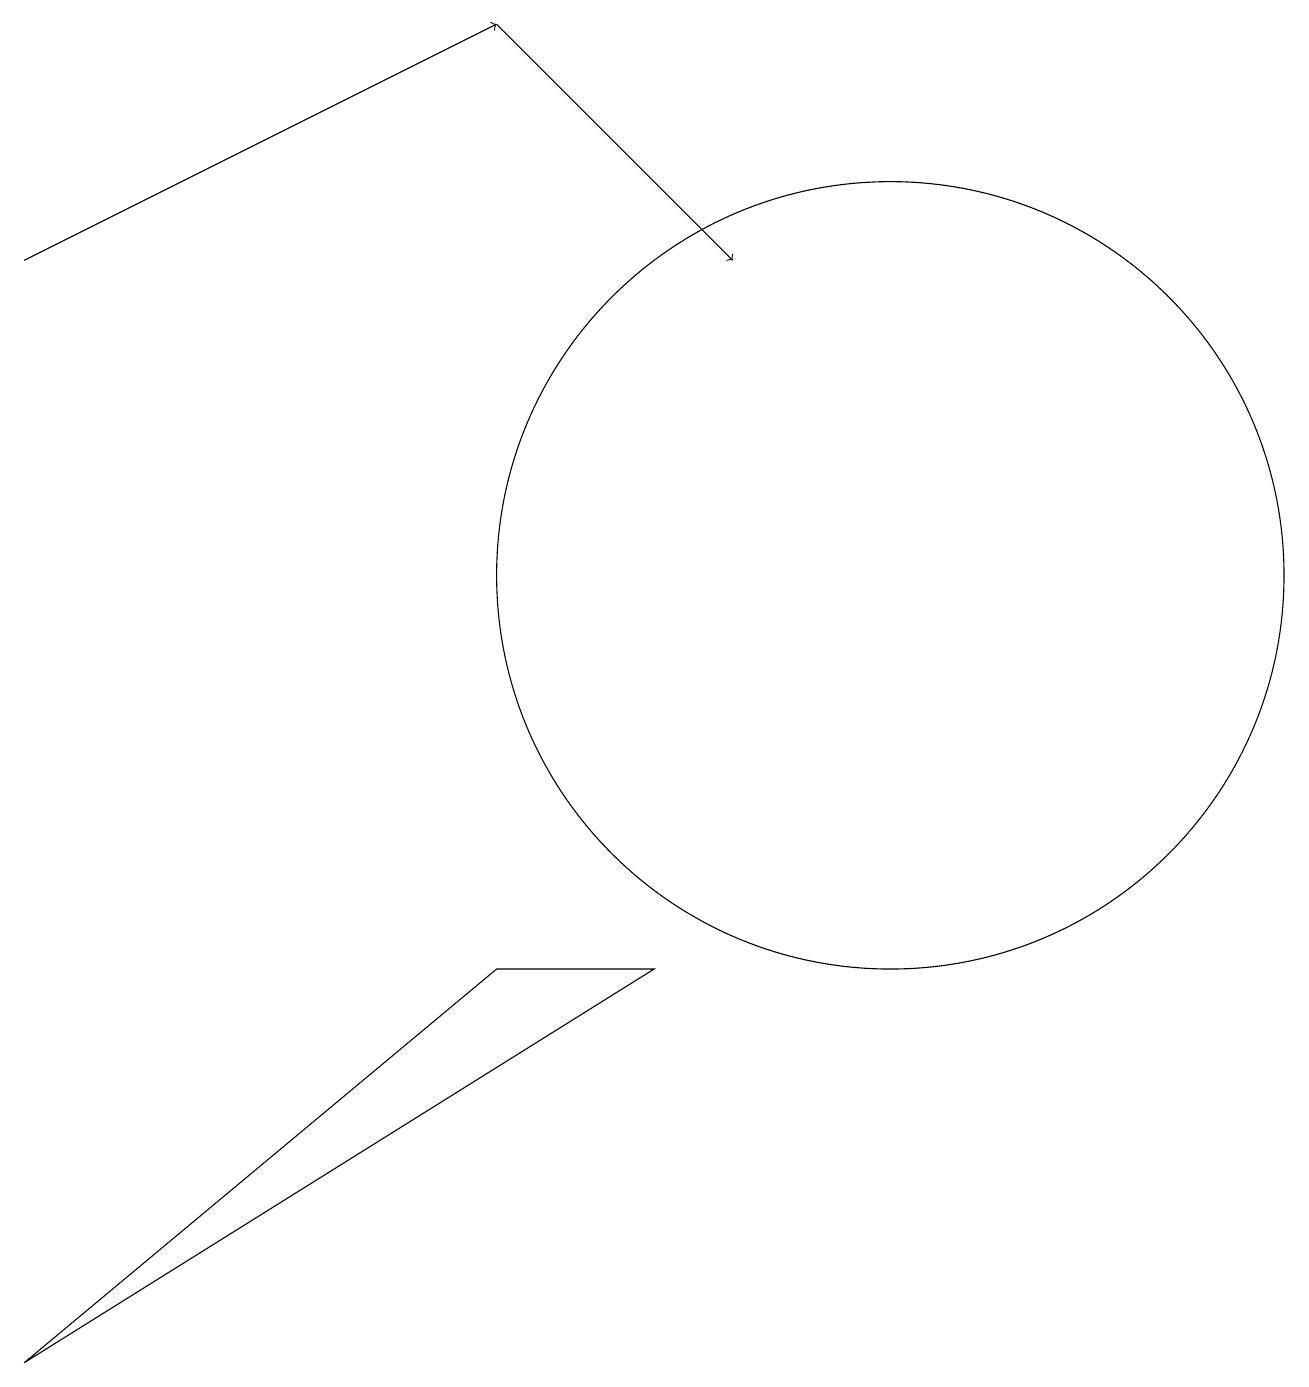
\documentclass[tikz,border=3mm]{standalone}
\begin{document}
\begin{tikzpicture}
\draw (8,7) -- (6,7) -- (0,2) -- cycle;
\draw[->] (0,16) -- (6,19);
\draw[->] (6,19) -- (9,16);
\draw (11,12) circle (5);
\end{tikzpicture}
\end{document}